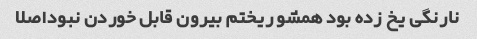
نارنگی یخ زده بود همشو ریختم بیرون قابل خوردن نبوداصلا